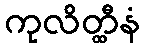
ကုလိတ္ထီနံ